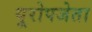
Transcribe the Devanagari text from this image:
यूरोपजेता